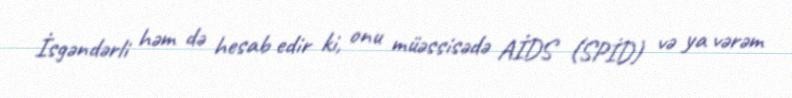
İsgəndərli həm də hesab edir ki, onu müəssisədə AİDS (SPİD) və ya vərəm